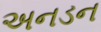
અનડન